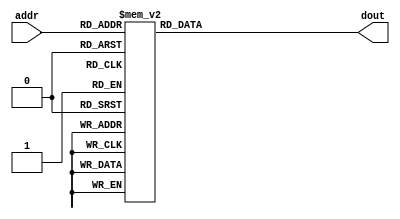
module l_stf_rom
(
  input      [3:0]  addr,
  output reg [31:0] dout  
);

  always @ *
    case (addr)
              0:   dout = 32'h05E305E3;
              1:   dout = 32'hEF0C004D;
              2:   dout = 32'hFE47F5F3;
              3:   dout = 32'h1246FE61;
              4:   dout = 32'h0BC70000;
              5:   dout = 32'h1246FE61;
              6:   dout = 32'hFE47F5F3;
              7:   dout = 32'hEF0C004D;
              8:   dout = 32'h05E305E3;
              9:   dout = 32'h004DEF0C;
             10:   dout = 32'hF5F3FE47;
             11:   dout = 32'hFE611246;
             12:   dout = 32'h00000BC7;
             13:   dout = 32'hFE611246;
             14:   dout = 32'hF5F3FE47;
             15:   dout = 32'h004DEF0C;

          default: dout = 32'h00000000;
    endcase

endmodule